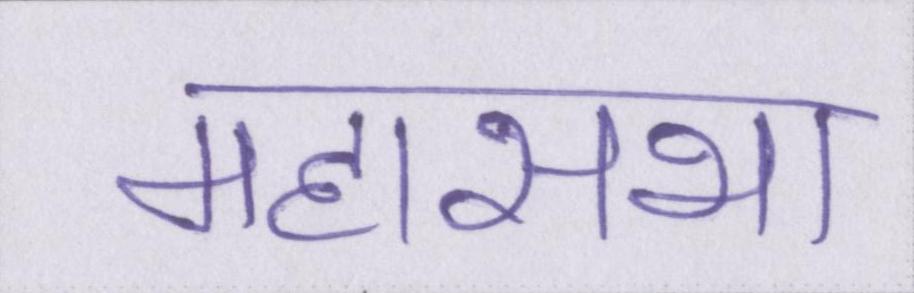
महासभा